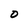
Character: O